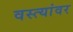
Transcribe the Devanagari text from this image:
वस्त्यांवर